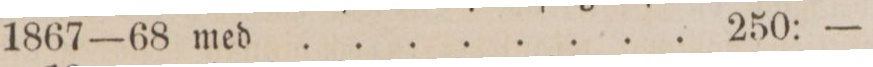
1867—68 med ........ 250: —